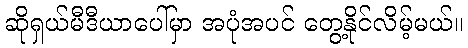
ဆိုရှယ်မီဒီယာပေါ်မှာ အပုံအပင် တွေ့နိုင်လိမ့်မယ်။